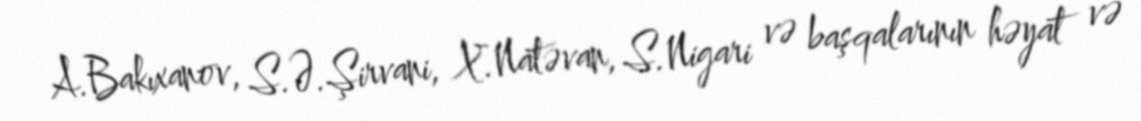
A.Bakıxanov, S.Ə.Şirvani, X.Natəvan, S.Nigari və başqalarının həyat və